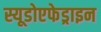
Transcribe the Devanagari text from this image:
स्यूडोएफेड्राइन